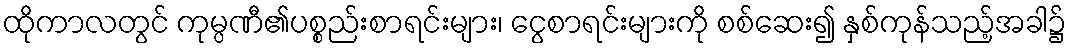
ထိုကာလတွင် ကုမ္ပဏီ၏ပစ္စည်းစာရင်းများ၊ ငွေစာရင်းများကို စစ်ဆေး၍ နှစ်ကုန်သည့်အခါ၌